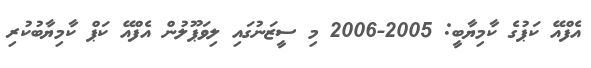
އެފްއޭ ކަޕުގެ ކާމިޔާބީ: 2005-2006 މި ސީޒަނުގައި ލިވަޕޫލުން އެފްއޭ ކަޕް ކާމިޔާބުކުރި